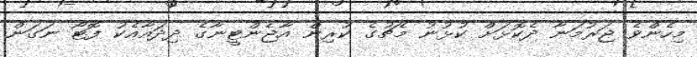
މިހެންވެ ޖަރުމަނާ ދެކޮޅަށް ކުޅުނު މެޗުގެ ކުރިން އާޖެންޓީނާގެ ދިދައާއެކު ފޮޓޯ ނަގަން